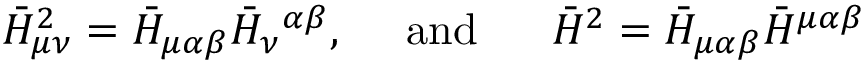
\bar { H } _ { \mu \nu } ^ { 2 } = \bar { H } _ { \mu \alpha \beta } \bar { H } _ { \nu } { } ^ { \alpha \beta } , \ \ \ \ \mathrm { a n d } \ \ \ \ \ \bar { H } ^ { 2 } = \bar { H } _ { \mu \alpha \beta } \bar { H } ^ { \mu \alpha \beta }